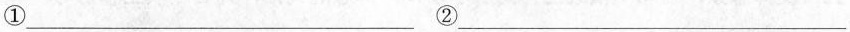
①___②___